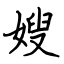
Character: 嫂